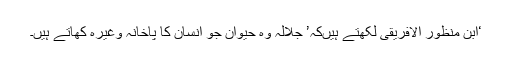
‘ابنِ منظور الافریقی لکھتے ہیںکہ’ جلالہ وہ حیوان جو انسان کا پاخانہ وغیرہ کھاتے ہیں۔